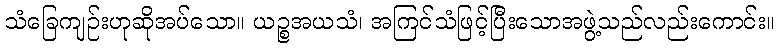
သံခြေကျဉ်းဟုဆိုအပ်သော။ ယဉ္စအယသံ၊ အကြင်သံဖြင့်ပြီးသောအဖွဲ့သည်လည်းကောင်း။